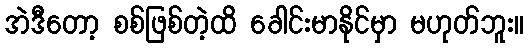
အဲဒီတော့ စစ်ဖြစ်တဲ့ထိ ခေါင်းမာနိုင်မှာ မဟုတ်ဘူး။